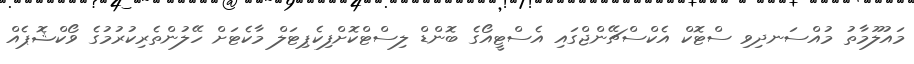
މައުލޫމާތު މުއްސަނދިވި ސްޓޮކް އެކްސްޗޭންޖްގައި އެސްޓީއޯގެ ބޮންޑް ލިސްޓްކޮށްފިކެޕިޓަލް މާކެޓަށް ހޭލުންތެރިކުރުމުގެ ވޯކްޝޮޕެއް